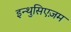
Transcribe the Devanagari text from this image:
इन्थुसिएज़म